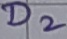
Text: D2